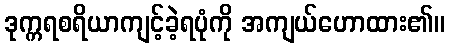
ဒုက္ကရစရိယာကျင့်ခဲ့ရပုံကို အကျယ်ဟောထား၏။